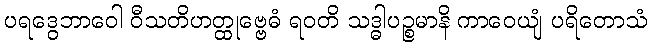
ပရဒွေဘာဝေါ ဝီသတိဟတ္ထုဗ္ဗေဓံ ရဝတိ သဒ္ဓါပဉ္စမာနိ ကာဝေယျံ ပရိတောသံ